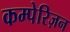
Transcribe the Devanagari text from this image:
कम्पेरिज़न